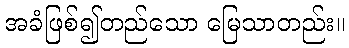
အခံဖြစ်၍တည်သော မြေသာတည်း။